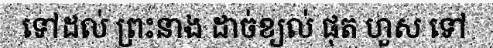
ទៅដល់ ព្រះនាង ដាច់ខ្យល់ ផុត ហួស ទៅ